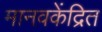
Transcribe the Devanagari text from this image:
मानवकेंद्रित